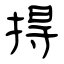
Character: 㧹